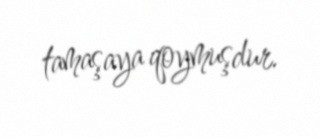
tamaşaya qoymuşdur.